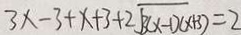
3 x - 3 + x + 3 + 2 \sqrt { 3 ( x - 1 ) ( x + 3 ) } = 2